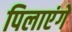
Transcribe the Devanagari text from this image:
पिलाएंगे